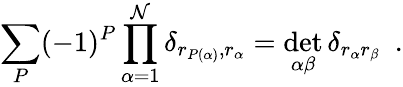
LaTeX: \sum_{P}(-1)^{P}\prod_{\alpha=1}^{\mathcal{N}}\delta_{r_{P(\alpha)},r_{\alpha}}=\operatorname*{det}_{\alpha\beta}\delta_{r_{\alpha}r_{\beta}}\ \ .